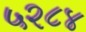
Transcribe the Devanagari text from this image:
५२८४